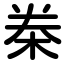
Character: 桊